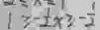
1 \geq - \frac { 1 } { 2 } x \geq - \frac { 1 } { 2 }